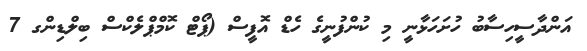
އަންދާސީހިސާބު ހުށަހަޅާނީ މި ކުންފުނީގެ ހެޑް އޮފީސް (ޕޯޓް ކޮމްޕްލެކްސް ބިލްޑިންގ 7